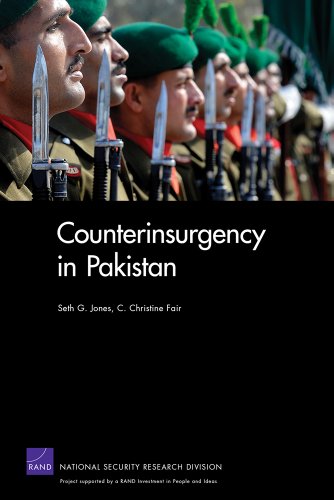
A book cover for Counterinsurgency in Pakistan; Seth G. Jones; History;